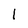
Character: l